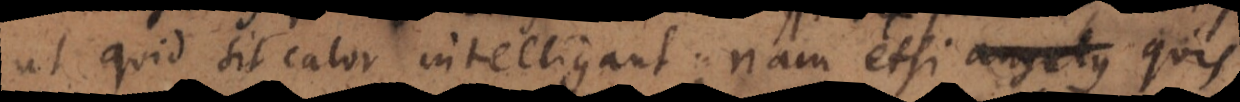
ut quid sit calor intelligant; nam etsi angelus quis